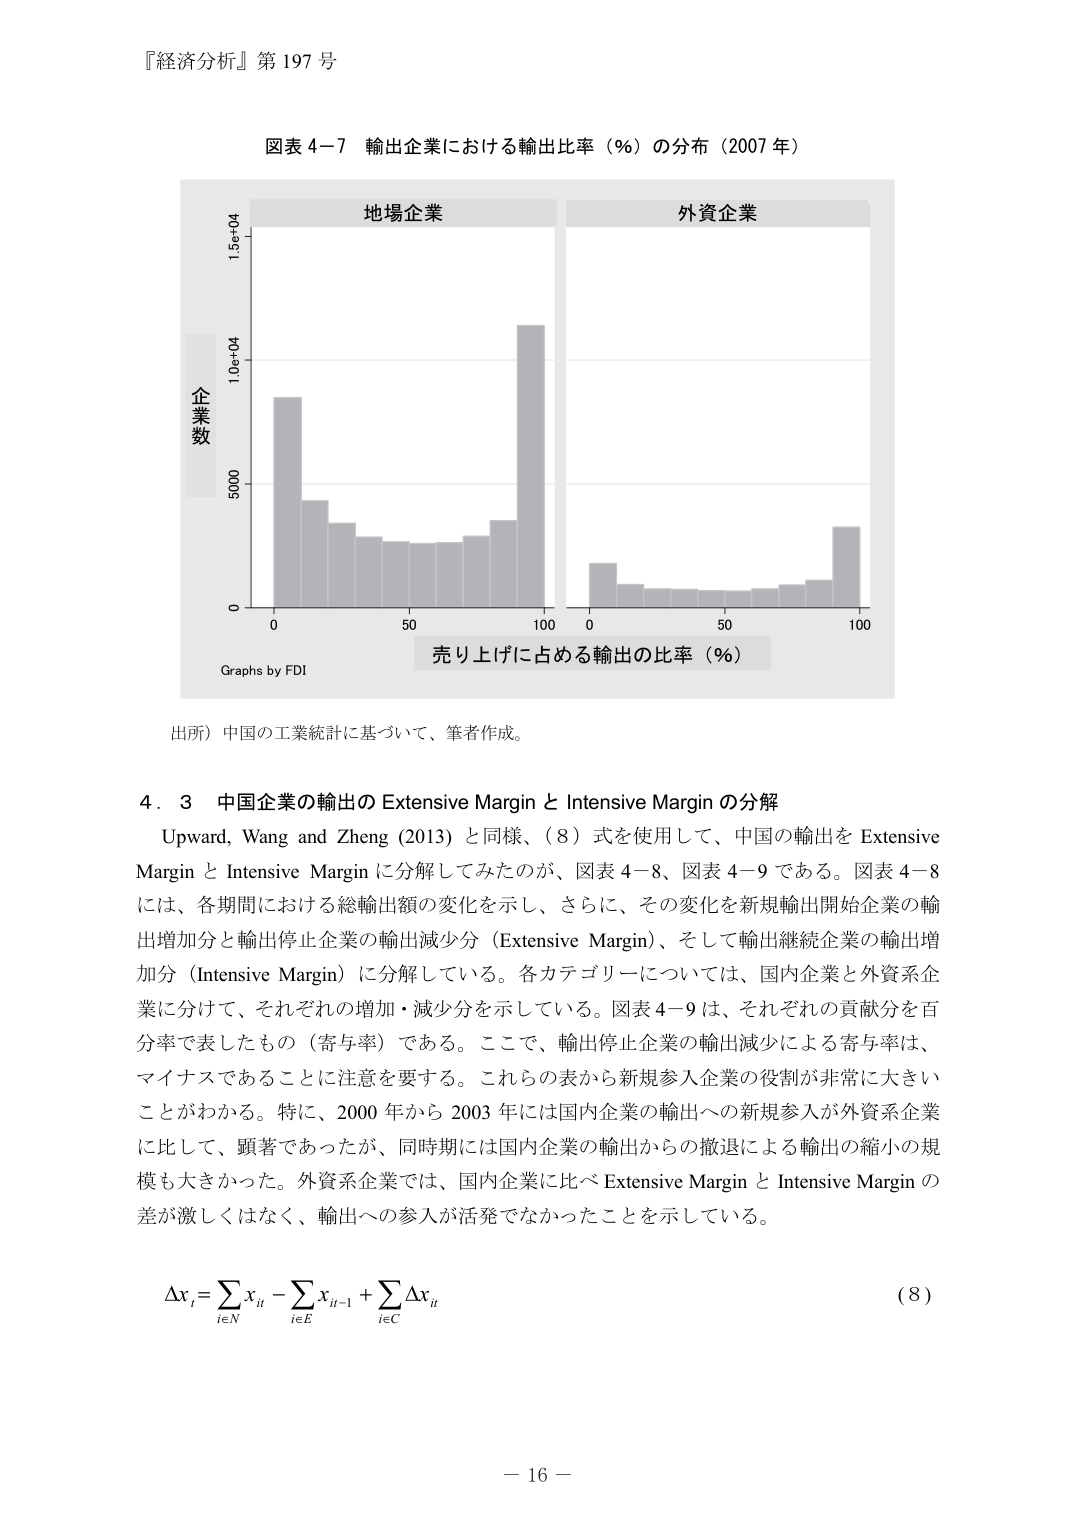
『経済分析』第 197 号

図表 4－7 輸出企業における輸出比率（％）の分布（2007 年）

地場企業
外資企業

企業数
1.5e+04
1.0e+04
5000
0

0       50       100
0       50       100
売り上げに占める輸出の比率（％）

Graphs by FDI

出所）中国の工業統計に基づいて、筆者作成。

4．3 中国企業の輸出の Extensive Margin と Intensive Margin の分解
Upward, Wang and Zheng (2013) と同様、（8）式を使用して、中国の輸出を Extensive Margin と Intensive Margin に分解してみたのが、図表 4－8、図表 4－9 である。図表 4－8 には、各期間における総輸出額の変化を示し、さらに、その変化を新規輸出開始企業の輸出増加分と輸出停止企業の輸出減少分（Extensive Margin）、そして輸出継続企業の輸出増加分（Intensive Margin）に分解している。各カテゴリーについては、国内企業と外資系企業に分けて、それぞれの増加・減少分を示している。図表 4－9 は、それぞれの貢献分を百分率で表したもの（寄与率）である。ここで、輸出停止企業の輸出減少による寄与率は、マイナスであることに注意を要する。これら の表から新規参入企業の役割が非常に大きいことがわかる。特に、2000 年から 2003 年には国内企業の輸出への新規参入が外資系企業に比して、顕著であったが、同時期には国内企業の輸出からの撤退による輸出の縮小の規模も大きかった。外資系企業では、国内企業に比べ Extensive Margin と Intensive Margin の差が激しくはなく、輸出への参入が活発でなかったことを示している。

Δx_t = Σ_{i∈N} x_it - Σ_{i∈E} x_it-1 + Σ_{i∈C} Δx_it
(8)

－ 16 －